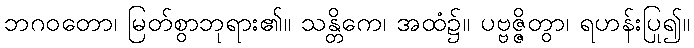
ဘဂဝတော၊ မြတ်စွာဘုရား၏။ သန္တိကေ၊ အထံ၌။ ပဗ္ဗဇ္ဇိတွာ၊ ရဟန်းပြု၍။